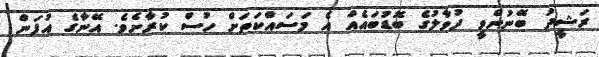
ރަޝީދު ބޭނުންވީ ދުވާލުގެ ބޮޑުބައެއް އެ މަސައްކަތަށް ހުސް ކުރާށެވެ. އޭނާގެ އުފަން